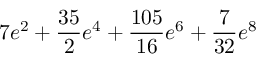
7 e ^ { 2 } + \frac { 3 5 } { 2 } e ^ { 4 } + \frac { 1 0 5 } { 1 6 } e ^ { 6 } + \frac { 7 } { 3 2 } e ^ { 8 }